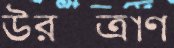
উরস্ত্রাণ